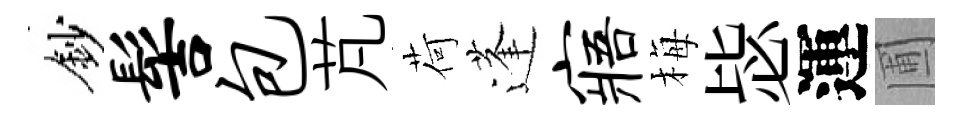
鈔髻包芃荷蓬寤梅毖運圃